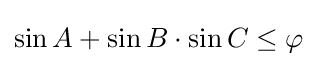
\sin A+\sin B\cdot \sin C\leq \varphi